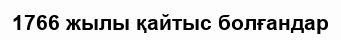
1766 жылы қайтыс болғандар